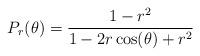
LaTeX: \begin{align*}P_r(\theta) = \frac{1-r^2}{1- 2r\cos(\theta) + r^2}\end{align*}